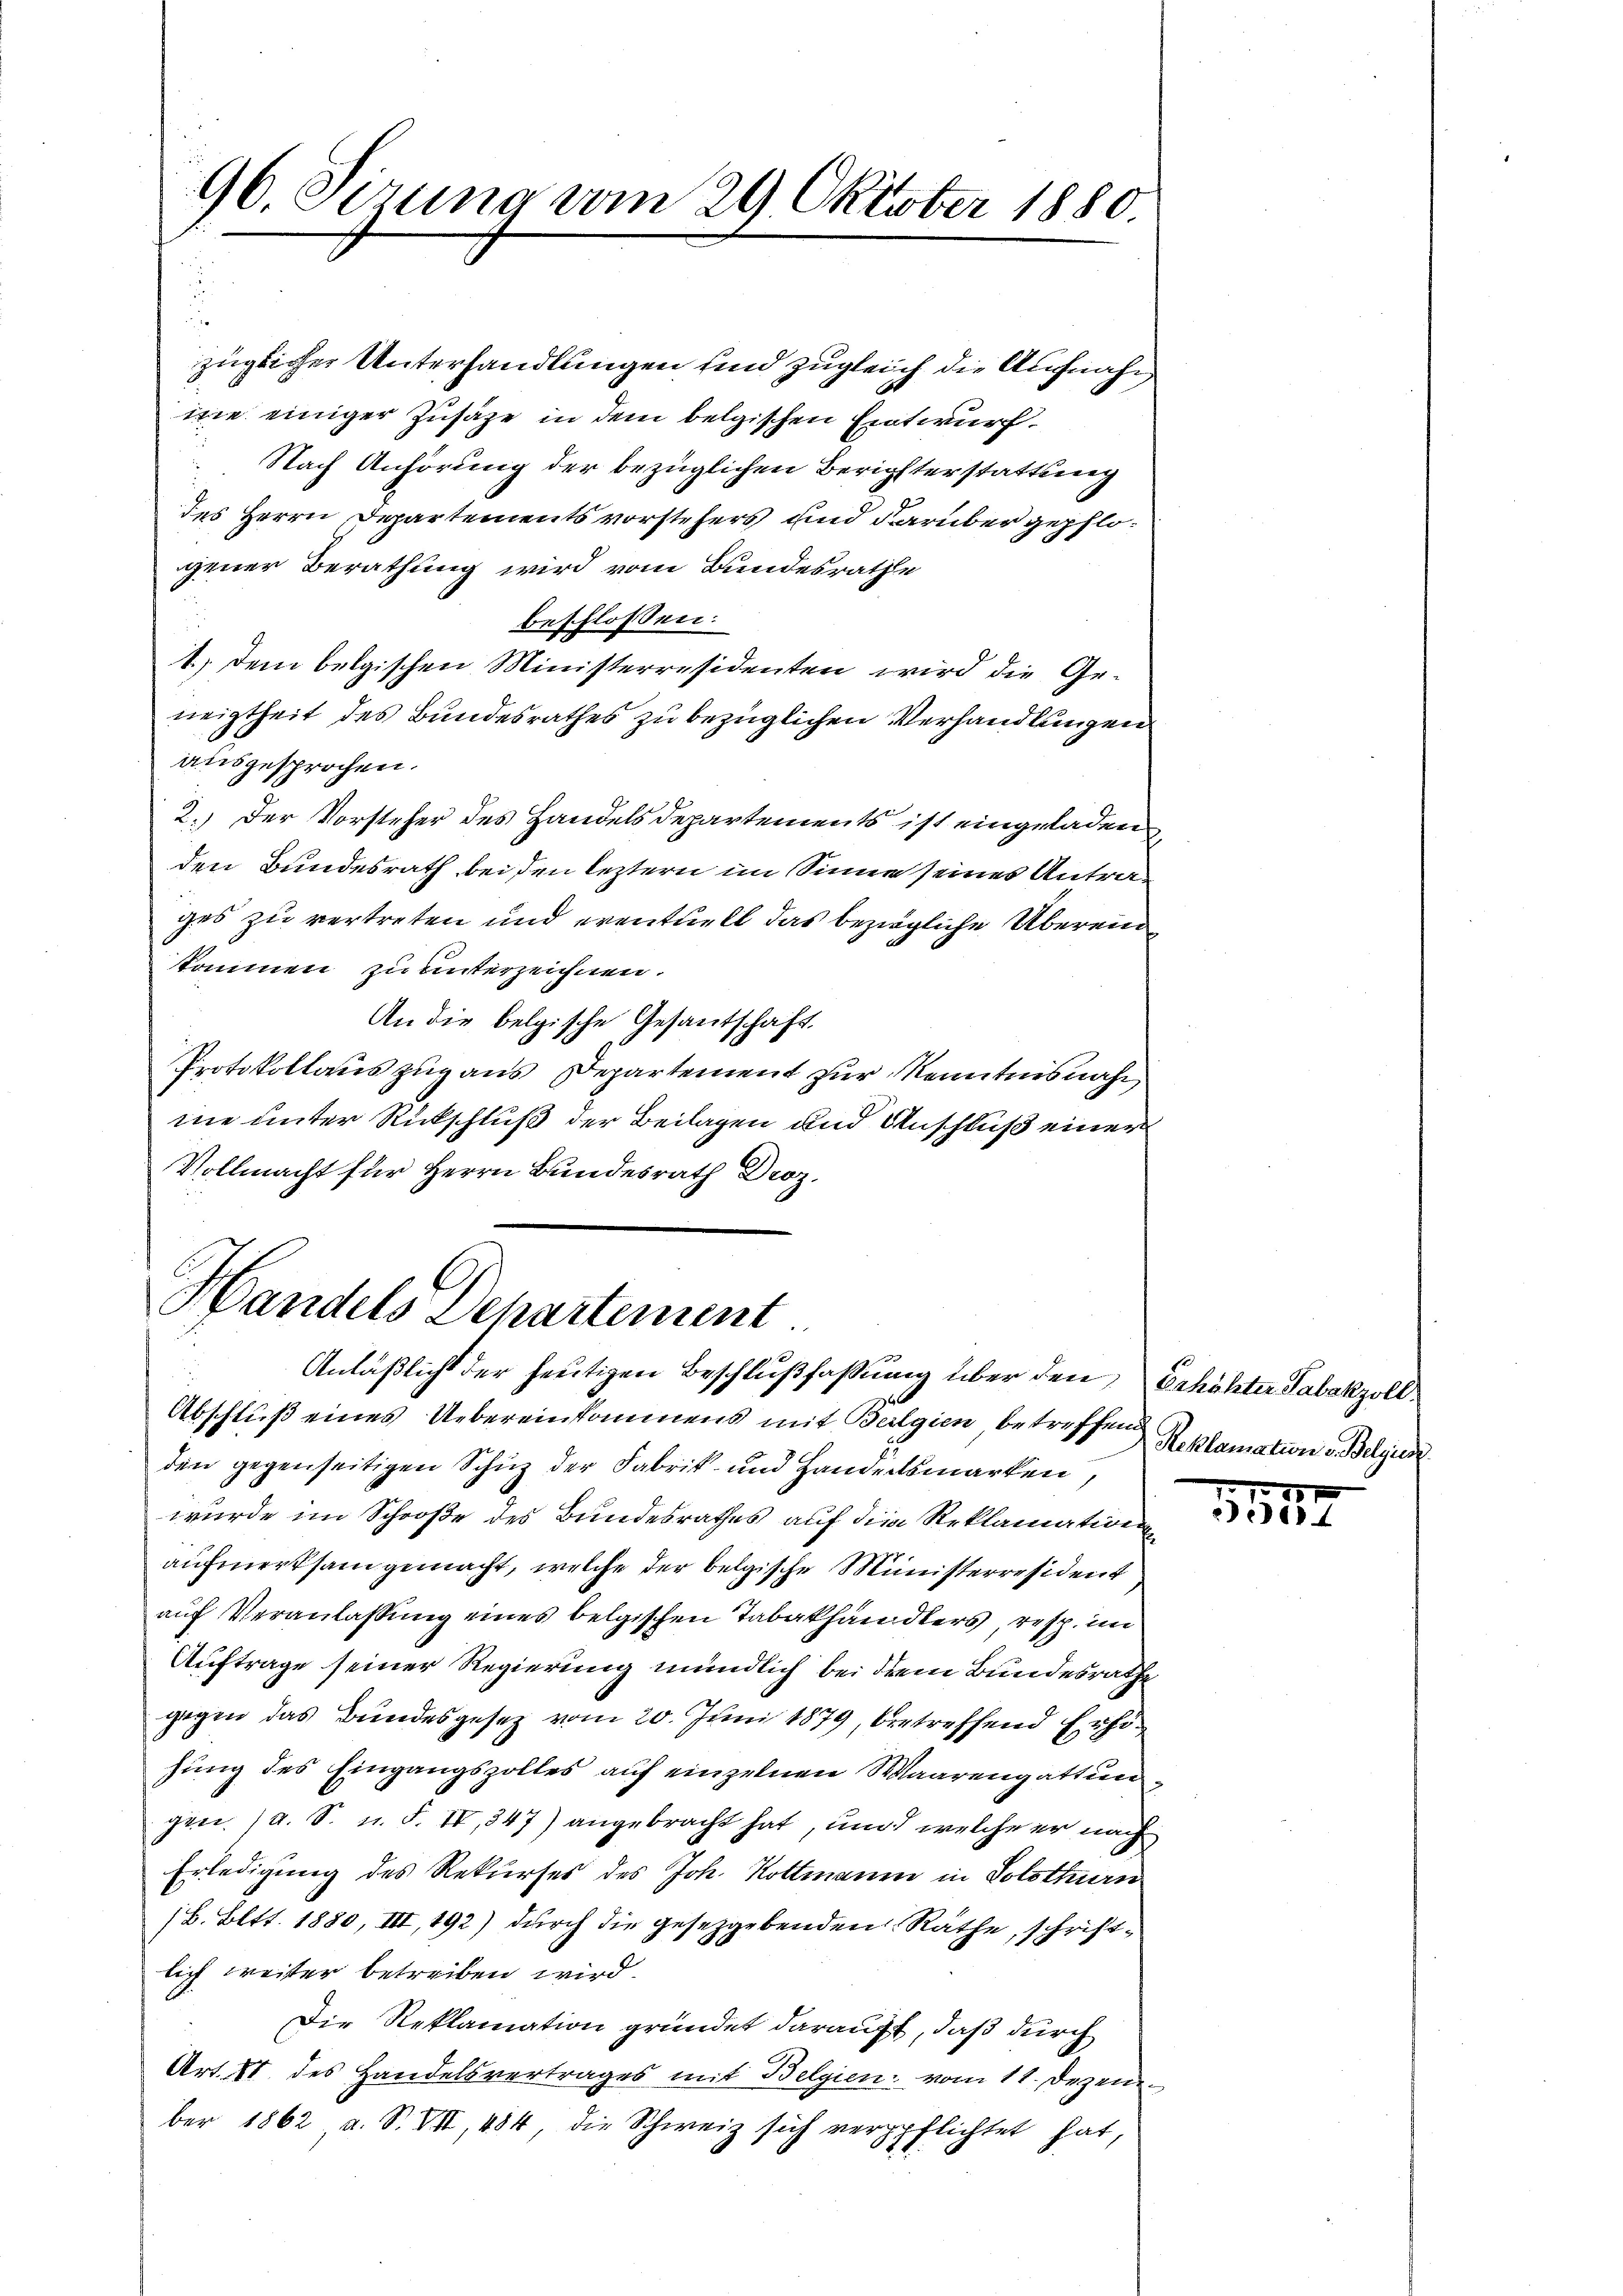
96. Sizung vom 29. Oktober 1880.

züglicher Unterhandlungen und zugleich die Aufnahm
me einiger Zusage in dem belgischen Entwurf.
Nach Anhörung der bezüglichen Berichterstattung
des Herrn Departementsvorstehers und darüber gepflogener Berathung wird vom Bundesrathe
beschlossen:
1.) Dem belgischen Ministerresidenten wird die Geneigtheit des Bundesrathes zu bezüglichen Verhandlungen
ausgesprochen.
2.) Der Vorsteher des Handels Departements ist eingeladen
den Bundesrath bei den leztern im Sinne seines Antrag
ges zu vertreten und eventuell das bezügliche Übereinkommen zu unterzeichnen.
An die belgische Gesantschaft.
Protokollauszug aus Departement zur Kenntnisnahm
me unter Rückschluß der Beilagen und Anschluß einer
Vollmacht für Herrn Bundesrath Droz.

Handels Dehartement
1
Anläßlicht der heutigen Beschlußfaßung über den Erhöhter Tabakzoll

Abschluß eines Uebereinkommens mit Belgien betreffen Reklamation v. Belgier
den gegenseitigen Schuz der Fabrik- und Handertsmarken,
wurde im Schröße des Bundesrathes auf die Reklamation
aufmerksam gemacht, welche der belgische Ministerresident
auf Veranlassung eines belgischen Tabakhändlers, resp. im
Auftrage seiner Regierung mündlich bei dem Bundesrathe
gegen das Bundesgesetz vom 20. Juni 1879, betreffend Erhöhung des Eingangszolles auf einzelnen Waarengattun
gen (a. S. u. F. IV, 347) angebracht hat, und welche er nach
Erledigung des Rekurses des Joh. Kottmann in Solothurn
/B. Bett. 1880, III, 192) durch die gesetzgebenden Räthe, schriftlich weiter betreiben wird.
Die Reklamation gründet darauft, daß durch
Art. VI. des Handelsvertrages mit Belgien vom 11. Dezember 1862 a. S. VII, 484, die Schweiz sich vergpflichtet hat,

x
e